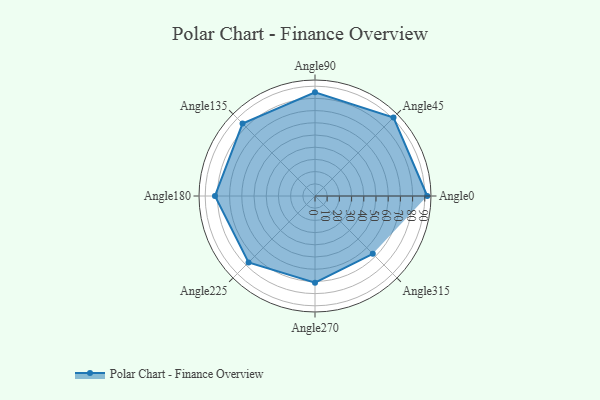
{"axis": {"x": "Angle", "y": "Radius"}, "legend": [""], "data": [{"x": "Angle0", "y": 92.0, "type": ""}, {"x": "Angle45", "y": 91.0, "type": ""}, {"x": "Angle90", "y": 85.0, "type": ""}, {"x": "Angle135", "y": 84.0, "type": ""}, {"x": "Angle180", "y": 82.0, "type": ""}, {"x": "Angle225", "y": 77.0, "type": ""}, {"x": "Angle270", "y": 71.0, "type": ""}, {"x": "Angle315", "y": 67.0, "type": ""}]}